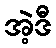
အဲ့ဒီ